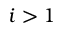
i > 1